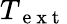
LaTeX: T_{\mathrm{~e~x~t~}}